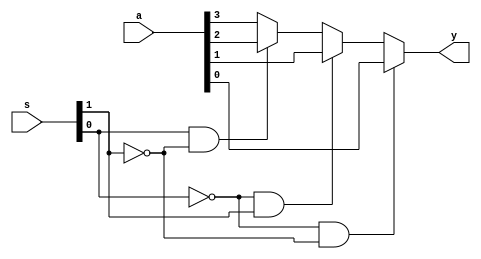
module mux41_BM(y,a,s);
output y;
reg y;
input [3:0]a;
input [1:0]s;
always @(s)
begin 
  if(s[0]==0 & s[1]==0)
     y=a[0];
  else if(s[0]==0 & s[1]==1)
     y=a[1];
  else if(s[0]==1 & s[1]==0)
     y=a[2];
  else 
     y=a[3];
end
endmodule